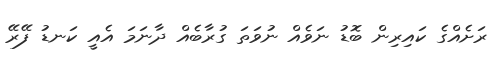
ރަށެއްގެ ކައިރިން ބޮޑު ނަވެއް ނުވަތަ ގުރާބެއްް ދާނަމަ އެއީ ކަނޑު ފޭރޭ